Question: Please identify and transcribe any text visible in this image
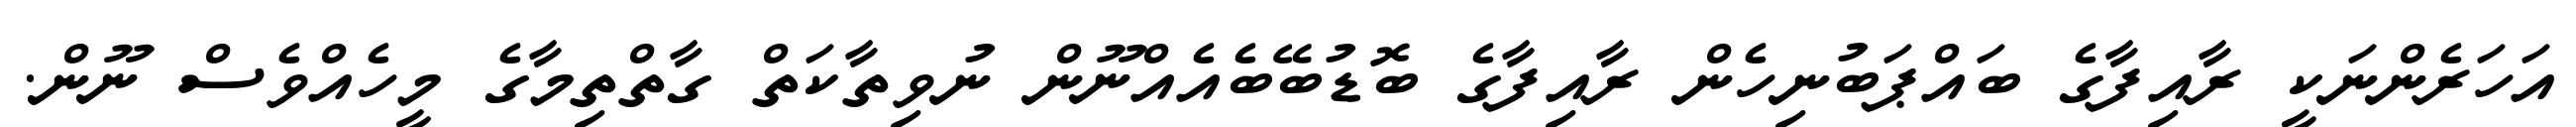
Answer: އަހަރެންނަކީ ރާއިފާގެ ބައްޕަބުނިހެން ރާއިފާގެ ބޮޑުބޭބެއެއްނޫން ނުވިތާކަތް ގާތްތިމާގެ މީހެއްވެސް ނޫން.